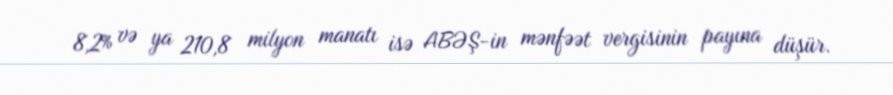
8,2% və ya 210,8 milyon manatı isə ABƏŞ-in mənfəət vergisinin payına düşür.